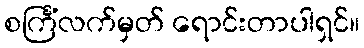
စင်္ကြံလက်မှတ် ရောင်းတာပါရှင်။